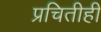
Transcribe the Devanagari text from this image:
प्रचितीही